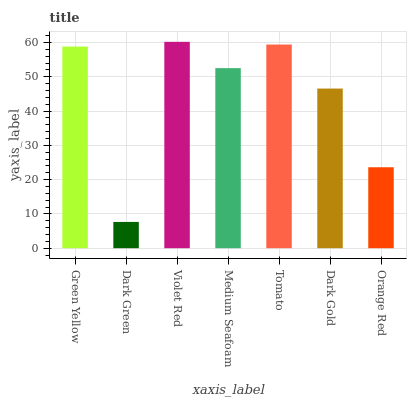
| xaxis_label | bars |
 | --- | --- |
 | Green Yellow | 58.8 |
 | Dark Green | 7.66 |
 | Violet Red | 60.2 |
 | Medium Seafoam | 52.5 |
 | Tomato | 59.4 |
 | Dark Gold | 46.6 |
 | Orange Red | 23.6 |